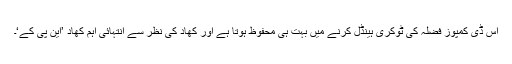
اس ڈی کمپوز فضلہ کی ٹوکری ہینڈل کرنے میں بہت ہی محفوظ ہوتا ہے اور کھاد کی نظر سے انتہائی اہم کھاد ’این پی کے‘۔